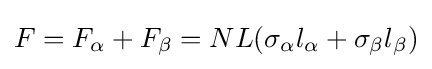
F=F_{\alpha }+F_{\beta }=NL(\sigma _{\alpha }l_{\alpha }+\sigma _{\beta }l_{\beta })